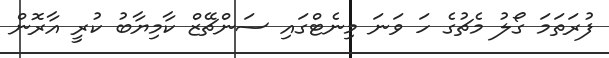
ފުރަތަމަ ގޯލު މެޗުގެ ހަ ވަނަ މިނެޓްގައި ސަންޗޭޒް ކާމިޔާބު ކުރީ އާރޮން